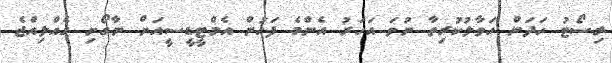
ރިސޯޓު ހަދަން ހަވާލުކުރިތާ ނުވަ އަހަރު އެންމެ ފަހުން އެމްޓީޑީސީއަށް ނާގޯށި ގެއްލިއްޖެ